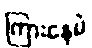
ကြားနေမဲ